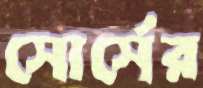
সোর্সের